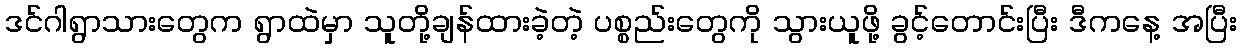
ဒင်ဂါရွာသားတွေက ရွာထဲမှာ သူတို့ချန်ထားခဲ့တဲ့ ပစ္စည်းတွေကို သွားယူဖို့ ခွင့်တောင်းပြီး ဒီကနေ့ အပြီး